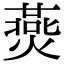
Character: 㷼